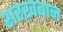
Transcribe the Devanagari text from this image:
शरख़बान